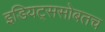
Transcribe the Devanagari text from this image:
इडियट्ससोबतच